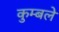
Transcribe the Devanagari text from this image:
कुम्बले